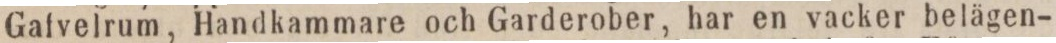
Gafvelrum, Handkammare och Garderober, har en vacker belägen-